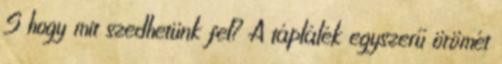
S hogy mit szedhetünk fel? A táplálék egyszerű örömét